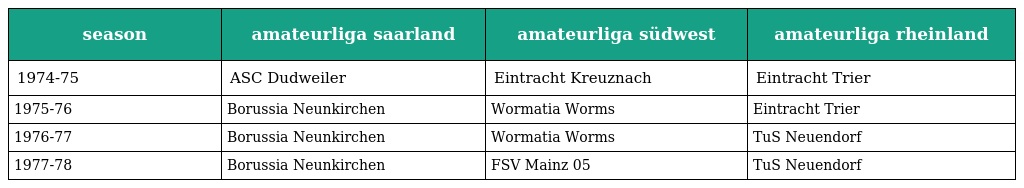
| season | amateurliga saarland | amateurliga südwest | amateurliga rheinland |
 | --- | --- | --- | --- |
 | 1974-75 | ASC Dudweiler | Eintracht Kreuznach | Eintracht Trier |
 | 1975-76 | Borussia Neunkirchen | Wormatia Worms | Eintracht Trier |
 | 1976-77 | Borussia Neunkirchen | Wormatia Worms | TuS Neuendorf |
 | 1977-78 | Borussia Neunkirchen | FSV Mainz 05 | TuS Neuendorf |